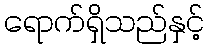
ရောက်ရှိသည်နှင့်